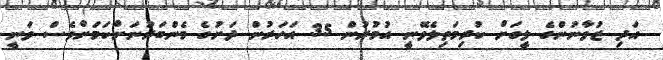
އަދި ޒުވާނުންގެ ލީގަށް ކުރިމަތިލެވޭނީ އުމުރުން 35 އަހަރުން ދަށުގެ މެންބަރުނަށްކަމަށްވެސް ވަނީ